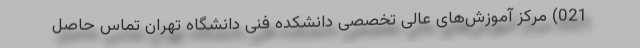
021) مرکز آموزش‌های عالی تخصصی دانشکده فنی دانشگاه تهران تماس حاصل